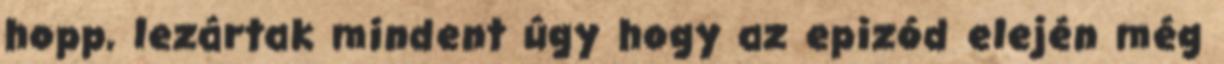
hopp, lezártak mindent úgy hogy az epizód elején még